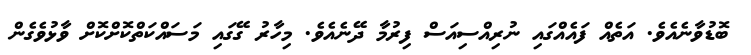
ބޮޑުވާނެއެވެ. އަތެއް ފައެއްގައި ނުރިއްސިއަސް ފިރުމާ ދޭނެއެވެ. މިހާރު ގޭގައި މަސައްކަތްކޮށްކޮށް ވާޅުވެގެން